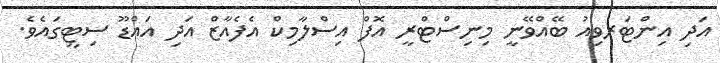
އަދި އިންޓަރވިއު ބޭއްވޭނީ މިނިސްޓްރީ އޮފް އިސްލާމިކް އެފެއާޒް އަދި އައްޑޫ ސިޓީގައެވެ.